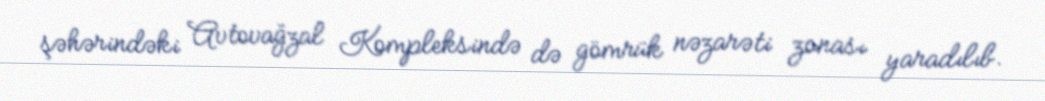
şəhərindəki Avtovağzal Kompleksində də gömrük nəzarəti zonası yaradılıb.